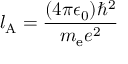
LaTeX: l _ { \mathrm { A } } = { \frac { ( 4 \pi \epsilon _ { 0 } ) \hbar ^ { 2 } } { m _ { \mathrm { e } } e ^ { 2 } } }